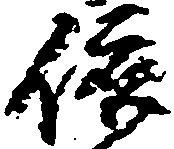
依